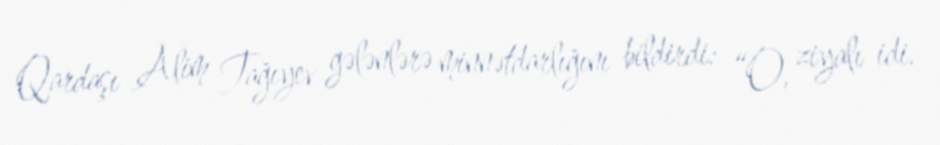
Qardaşı Alim Tağıyev gələnlərə minnətdarlığını bildirdi: “O, ziyalı idi.